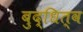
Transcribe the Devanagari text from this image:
बुद्धित्व